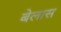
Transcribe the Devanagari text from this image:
बेलास